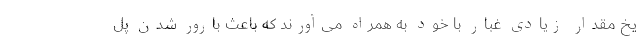
یخ مقدار زیادی غبار با خود به همراه می‌آورند که باعث بارور شدن پل